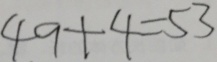
4 9 + 4 = 5 3